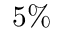
5 \%